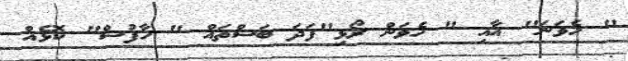
" ހެވަނަ" އާއި " ހެވަން ރޯޅި"ފަދަ ބަސްތައް " ހާފުސް" ކޮޅެއް